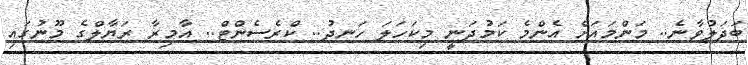
ބަދަލުވާނެ.. މަންމައަށް އެންމެ ކަމުދަނީ މިކަހަލަ ހަނދު.. ކްރެސެންޓް.. އާމިރާ ރަޔާލްގެ މޫނުގައި